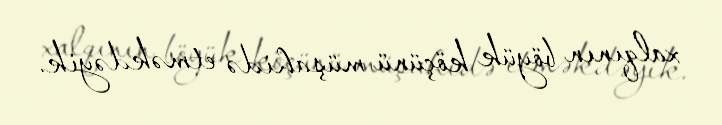
xalqının böyük köçünü müşahidə etməkdəyik.